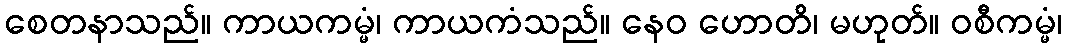
စေတနာသည်။ ကာယကမ္မံ၊ ကာယကံသည်။ နေဝ ဟောတိ၊ မဟုတ်။ ဝစီကမ္မံ၊